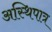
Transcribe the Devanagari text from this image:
अस्थिपात्र